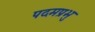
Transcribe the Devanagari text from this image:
पदमप्रभु